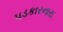
પડકારનારા